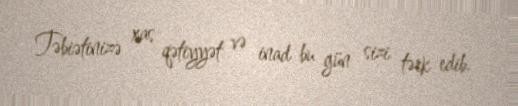
Təbiətinizə xas qətiyyət və inad bu gün sizi tərk edib.